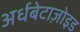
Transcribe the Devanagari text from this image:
अर्धबेटाज़ोइड